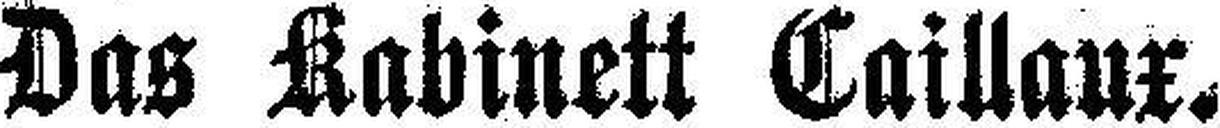
Das Kabinett Caillaux.